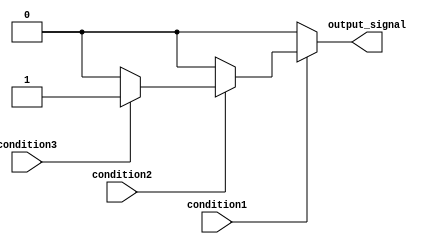
module nested_if_else(
    input wire condition1,
    input wire condition2,
    input wire condition3,
    output reg output_signal
);

always @(*)
begin
    if(condition1) begin
        if(condition2) begin
            if(condition3) begin
                output_signal <= 1'b1;
            end
            else begin
                output_signal <= 1'b0;
            end
        end
        else begin
            output_signal <= 1'b0;
        end
    end
    else begin
        output_signal <= 1'b0;
    end
end

endmodule